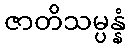
ဇာတိသမ္ပန္နံ